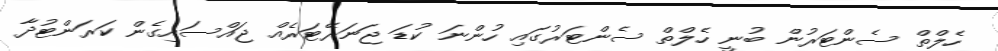
ހެލްތް ސެންޓަރުން ބުނީ ހެލްތް ސެންޓަރުގައި ހުންނަ ކުޑަ ޖަނަރޭޓަރެއް ޖައްސައިގެން ކަރަންޓުދާ